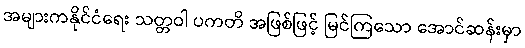
အများကနိုင်ငံရေး သတ္တဝါ ပကတိ အဖြစ်ဖြင့် မြင်ကြသော အောင်ဆန်းမှာ